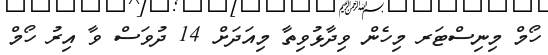
ހޯމް މިނިސްޓަރ މިހެން ވިދާޅުވިތާ މިއަދަށް 14 ދުވަސް ވާ އިރު ހޯމް